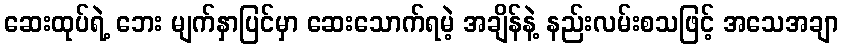
ဆေးထုပ်ရဲ့ ဘေး မျက်နှာပြင်မှာ ဆေးသောက်ရမဲ့ အချိန်နဲ့ နည်းလမ်းစသဖြင့် အသေအချာ